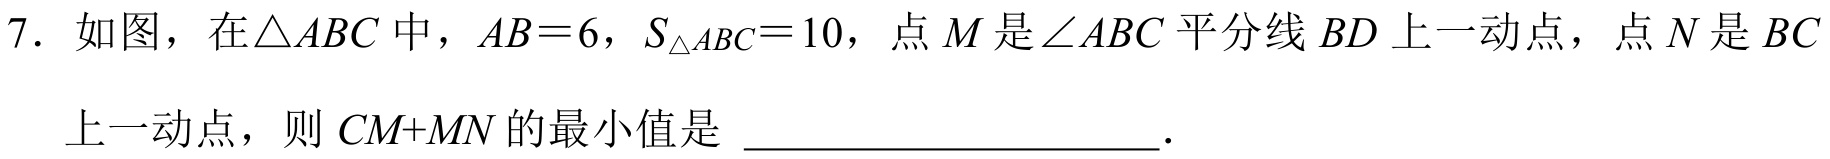
7. 如图，在\(\triangle ABC\)中，\(AB = 6\)，\(S_{\triangle ABC}=10\)，点\(M\)是\(\angle ABC\)平分线\(BD\)上一动点，点\(N\)是\(BC\)上一动点，则\(CM + MN\)的最小值是  .